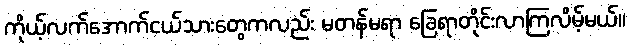
ကိုယ့်လက်အောက်ငယ်သားတွေကလည်း မတန်မရာ ခြေရာတိုင်းလာကြလိမ့်မယ်။